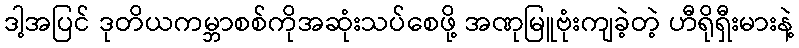
ဒါ့အပြင် ဒုတိယကမ္ဘာစစ်ကိုအဆုံးသပ်စေဖို့ အဏုမြူဗုံးကျခဲ့တဲ့ ဟီရိုရှီးမားနဲ့